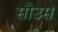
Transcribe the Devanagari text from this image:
सौउस